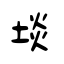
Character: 埮